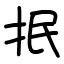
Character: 抿